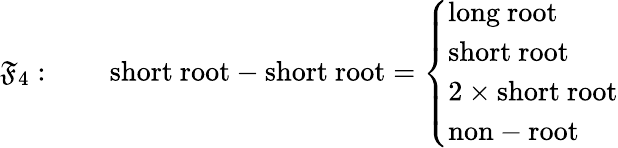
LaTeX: \mathfrak{F}_{4}:\qquad\mathrm{{short~root}}-\mathrm{{short~root}}=\left\{ \begin{array}{l}{{\mathrm{long~root}}}\\ {{\mathrm{short~root}}}\\ {{2\times\mathrm{short~root}}}\\ {{\mathrm{non-root}}}\end{array}\right.